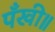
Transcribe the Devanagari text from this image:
पँखी॥